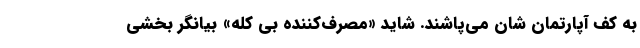
به کف آپارتمان شان می‌پاشند. شاید «مصرف‌کننده بی کله» بیانگر بخشی